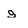
Character: g